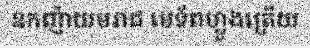
ឧកញ៉ាយមរាជ មេទ័ពហ្លួងត្រើយ